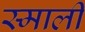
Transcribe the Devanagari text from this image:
स्माली